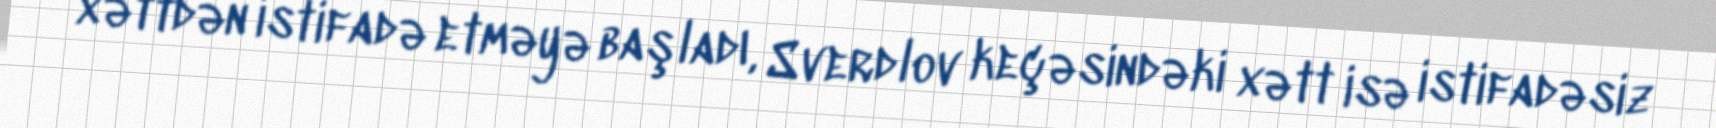
xəttdən istifadə etməyə başladı, Sverdlov keçəsindəki xətt isə istifadəsiz